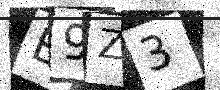
Text: E9Z3